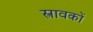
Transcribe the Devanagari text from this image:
स्त्रावकों